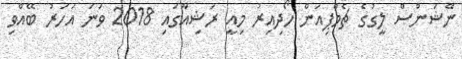
ނޭޝަންސް ލީގުގެ ޗެމްޕިއަން ހޯދިއިރު މިއީ ރަޝިއާގައި 2018 ވަނަ އަހަރު ބޭއްވި